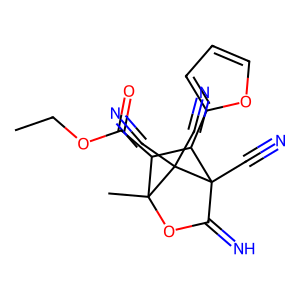
SMILES: CCOC(=O)C1C(c2ccco2)C2(C#N)C(=N)OC1(C)C2(C#N)C#N
Inhibits HIV replication: No